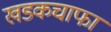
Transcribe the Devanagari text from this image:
खडकचाफा